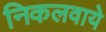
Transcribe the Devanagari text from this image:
निकलवाये